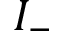
I _ { - }